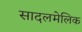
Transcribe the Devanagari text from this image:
सादलमेलिक